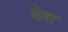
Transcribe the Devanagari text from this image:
छेद्य